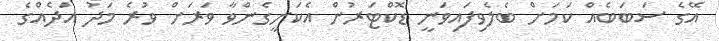
އޭގެ ސަބަބެއް ކަމަށް ބެލެވިފައިވަނީ ޑޮކްޓަރުން އެކަށީގެންވާ ވަރަށް ވުރެ މަދު އަދެއްގެ